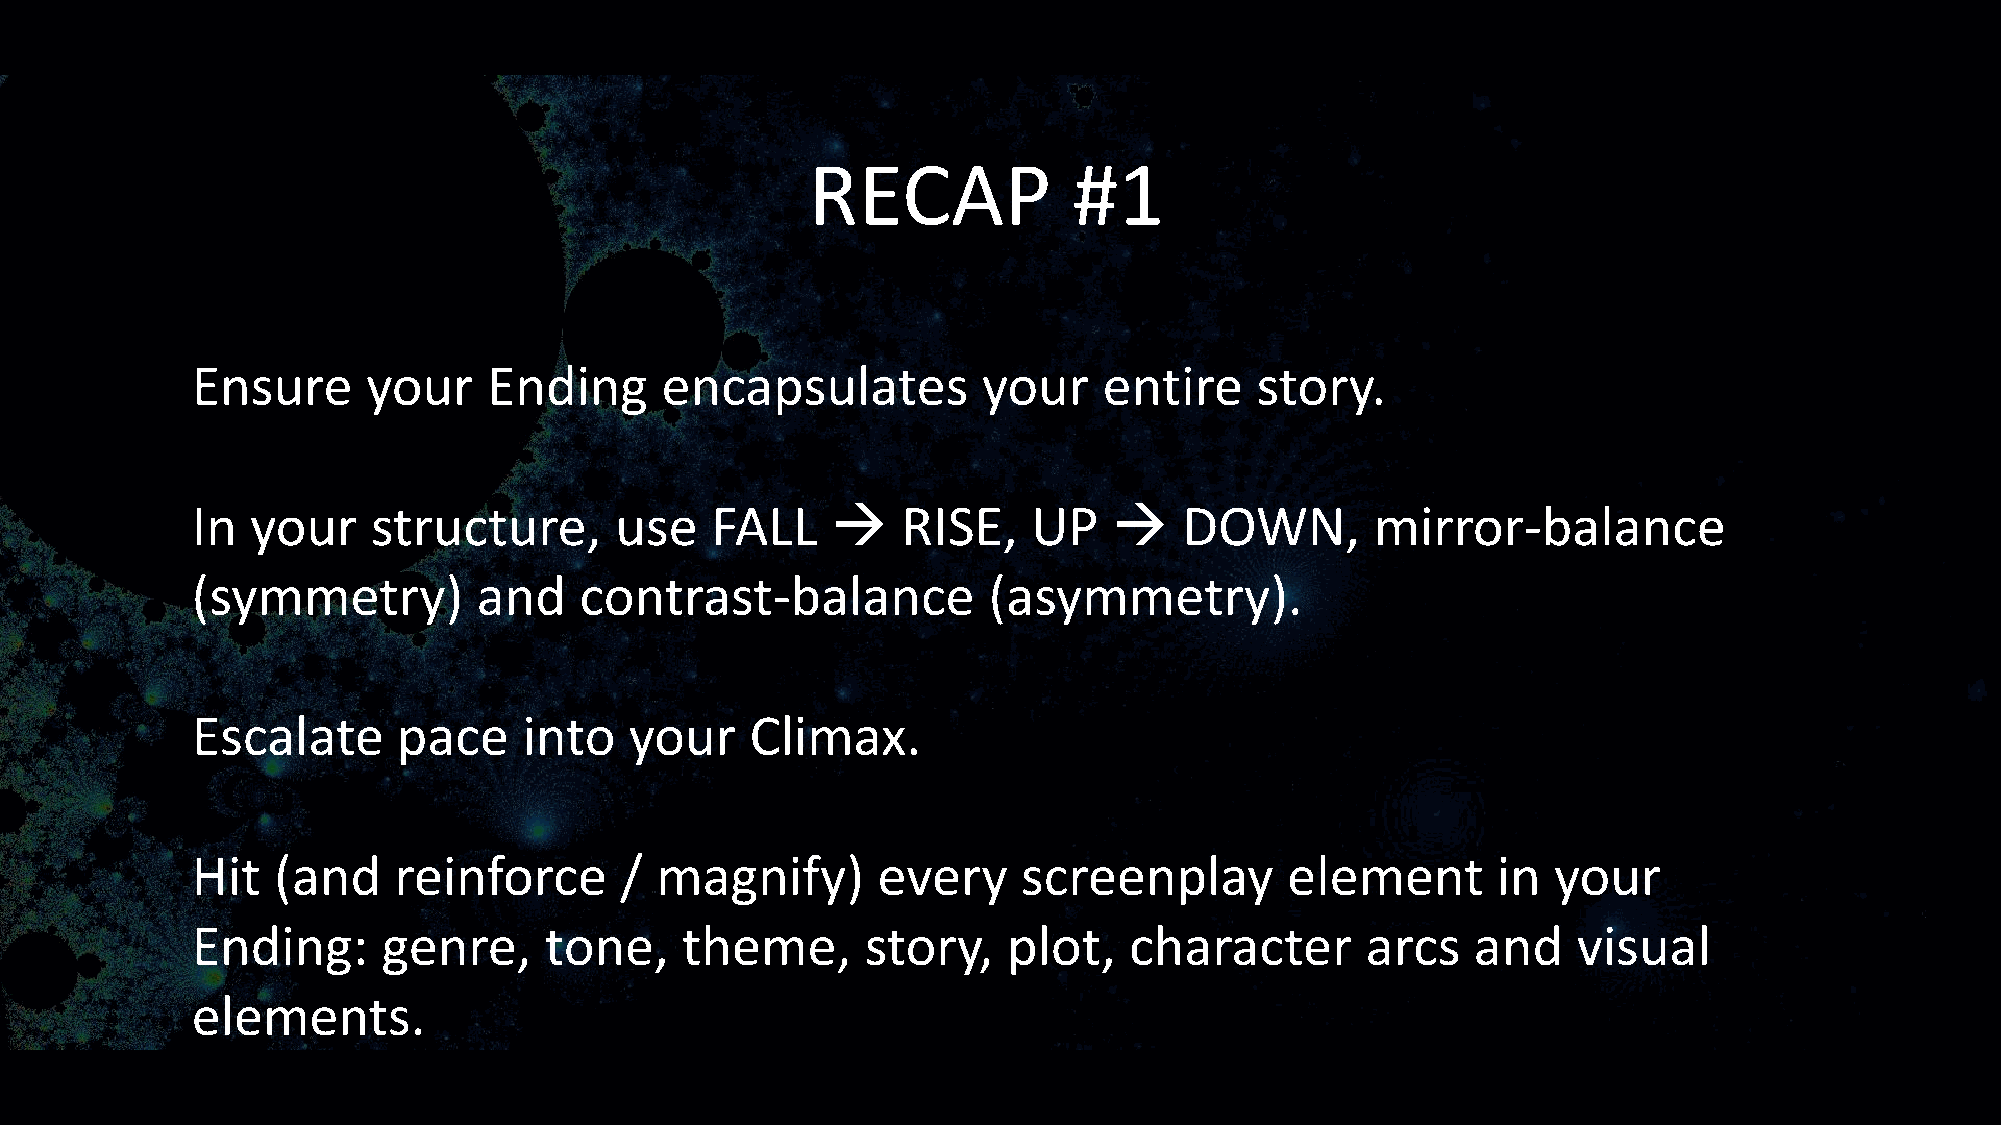
RECAP            #1
 Ensure     your    Ending      encapsulates         your    entire    story.
 In  your    structure,      use   FALL    →    RISE,   UP    →   DOWN,        mirror-balance
 (symmetry)         and   contrast-balance           (asymmetry).
 Escalate     pace     into   your    Climax.
 Hit  (and    reinforce      / magnify)       every     screenplay       element       in  your
 Ending:     genre,     tone,    theme,      story,    plot,   character      arcs    and   visual
 elements.